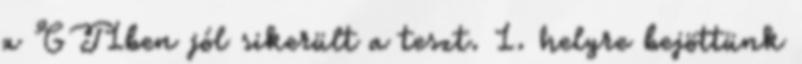
a GT1ben jól sikerült a teszt. 1. helyre bejöttünk